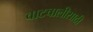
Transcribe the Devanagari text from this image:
वाटचालीसाठी